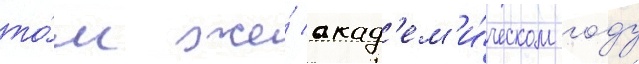
то́м же́ акад'ем'и́ческом году